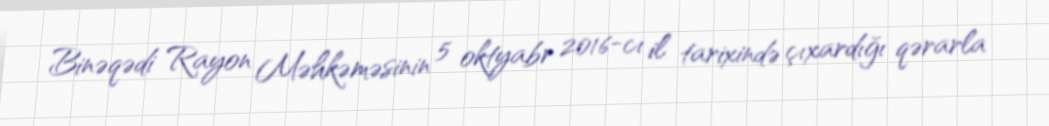
Binəqədi Rayon Məhkəməsinin 5 oktyabr 2016-cı il tarixində çıxardığı qərarla